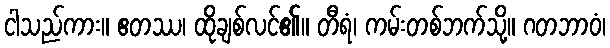
ငါသည်ကား။ ဧတဿ၊ ထိုချစ်လင်၏။ တီရံ၊ ကမ်းတစ်ဘက်သို့။ ဂတဘာဝံ၊